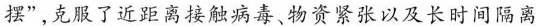
摆”，克服了近距离接触病毒、物资紧张以及长时间隔离